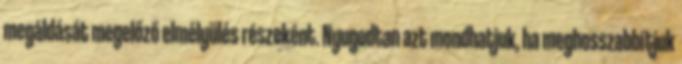
megáldását megelőző elmélyülés részeként. Nyugodtan azt mondhatjuk, ha meghosszabbítjuk